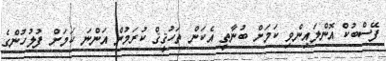
ފޭސްބުކް އޮންލައިންވި ކަމަށް ބުނާތީ އެކަން ތަހުޤީޤް ކުރަމުން އަންނަ ކަމަށް ފުލުހުންގެ